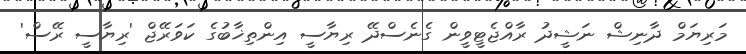
މަރިޔަމް ދާނިޝް ނަޝީދު ރާއްޖެޓީވީން ގެނެސްދޭ ރިޔާސީ އިންތިޚާބުގެ ކަވަރޭޖް 'ރިޔާސީ ރޭސް'